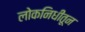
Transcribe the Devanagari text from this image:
लोकनिधीतून